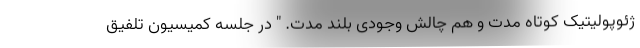
ژئوپولیتیک کوتاه مدت و هم چالش وجودی بلند مدت. " در جلسه کمیسیون تلفیق